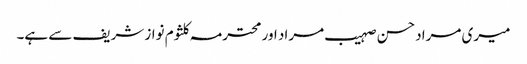
میری مراد حسن صہیب مراد اور محترمہ کلثوم نواز شریف سے ہے۔